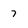
Character: 7